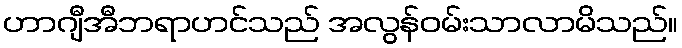
ဟာဂျီအီဘရာဟင်သည် အလွန်ဝမ်းသာလာမိသည်။